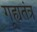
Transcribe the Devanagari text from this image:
गूह्यतंत्र